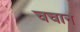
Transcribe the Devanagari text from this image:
चचान